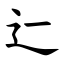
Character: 辷